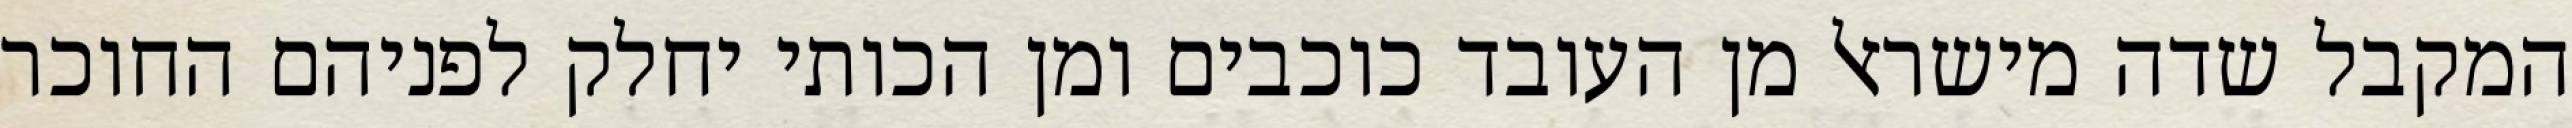
המקבל שדה מישראל מן העובד כוכבים ומן הכותי יחלק לפניהם החוכר